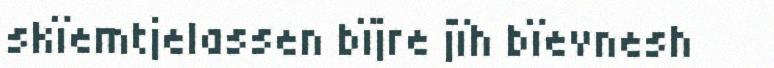
skïemtjelassen bïjre jïh bïevnesh